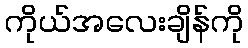
ကိုယ်အလေးချိန်ကို